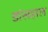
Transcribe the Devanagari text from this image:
डांसहाल